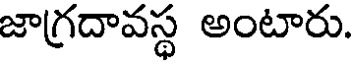
జాగ్రదావస్థ అంటారు.